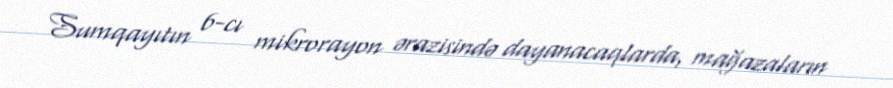
Sumqayıtın 6-cı mikrorayon ərazisində dayanacaqlarda, mağazaların